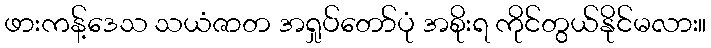
ဖားကန့်ဒေသ သယံဇာတ အရှုပ်တော်ပုံ အစိုးရ ကိုင်တွယ်နိုင်မလား။